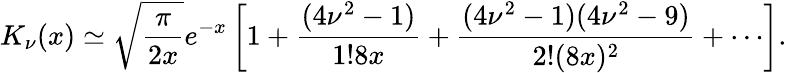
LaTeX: K_{\nu}(x)\simeq\sqrt{\frac{\pi}{2x}}e^{-x}\left[1+\frac{(4\nu^{2}-1)}{1!8x}+\frac{(4\nu^{2}-1)(4\nu^{2}-9)}{2!(8x)^{2}}+\cdots\right].